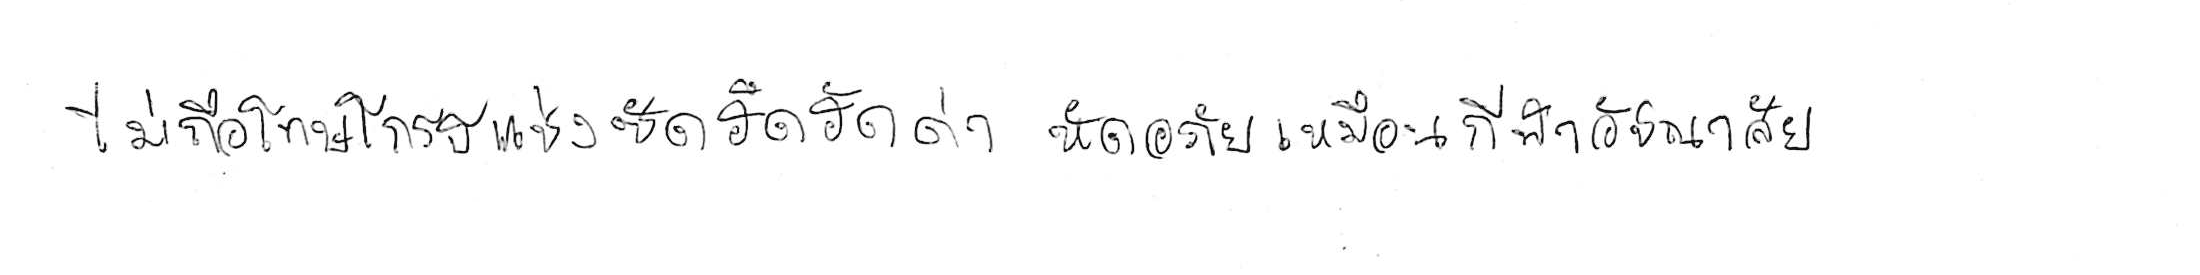
ไม่ถือโทษโกรธแช่งซัดฮึดฮัดด่า หัดอภัยเหมือนกีฬาอัชฌาสัย